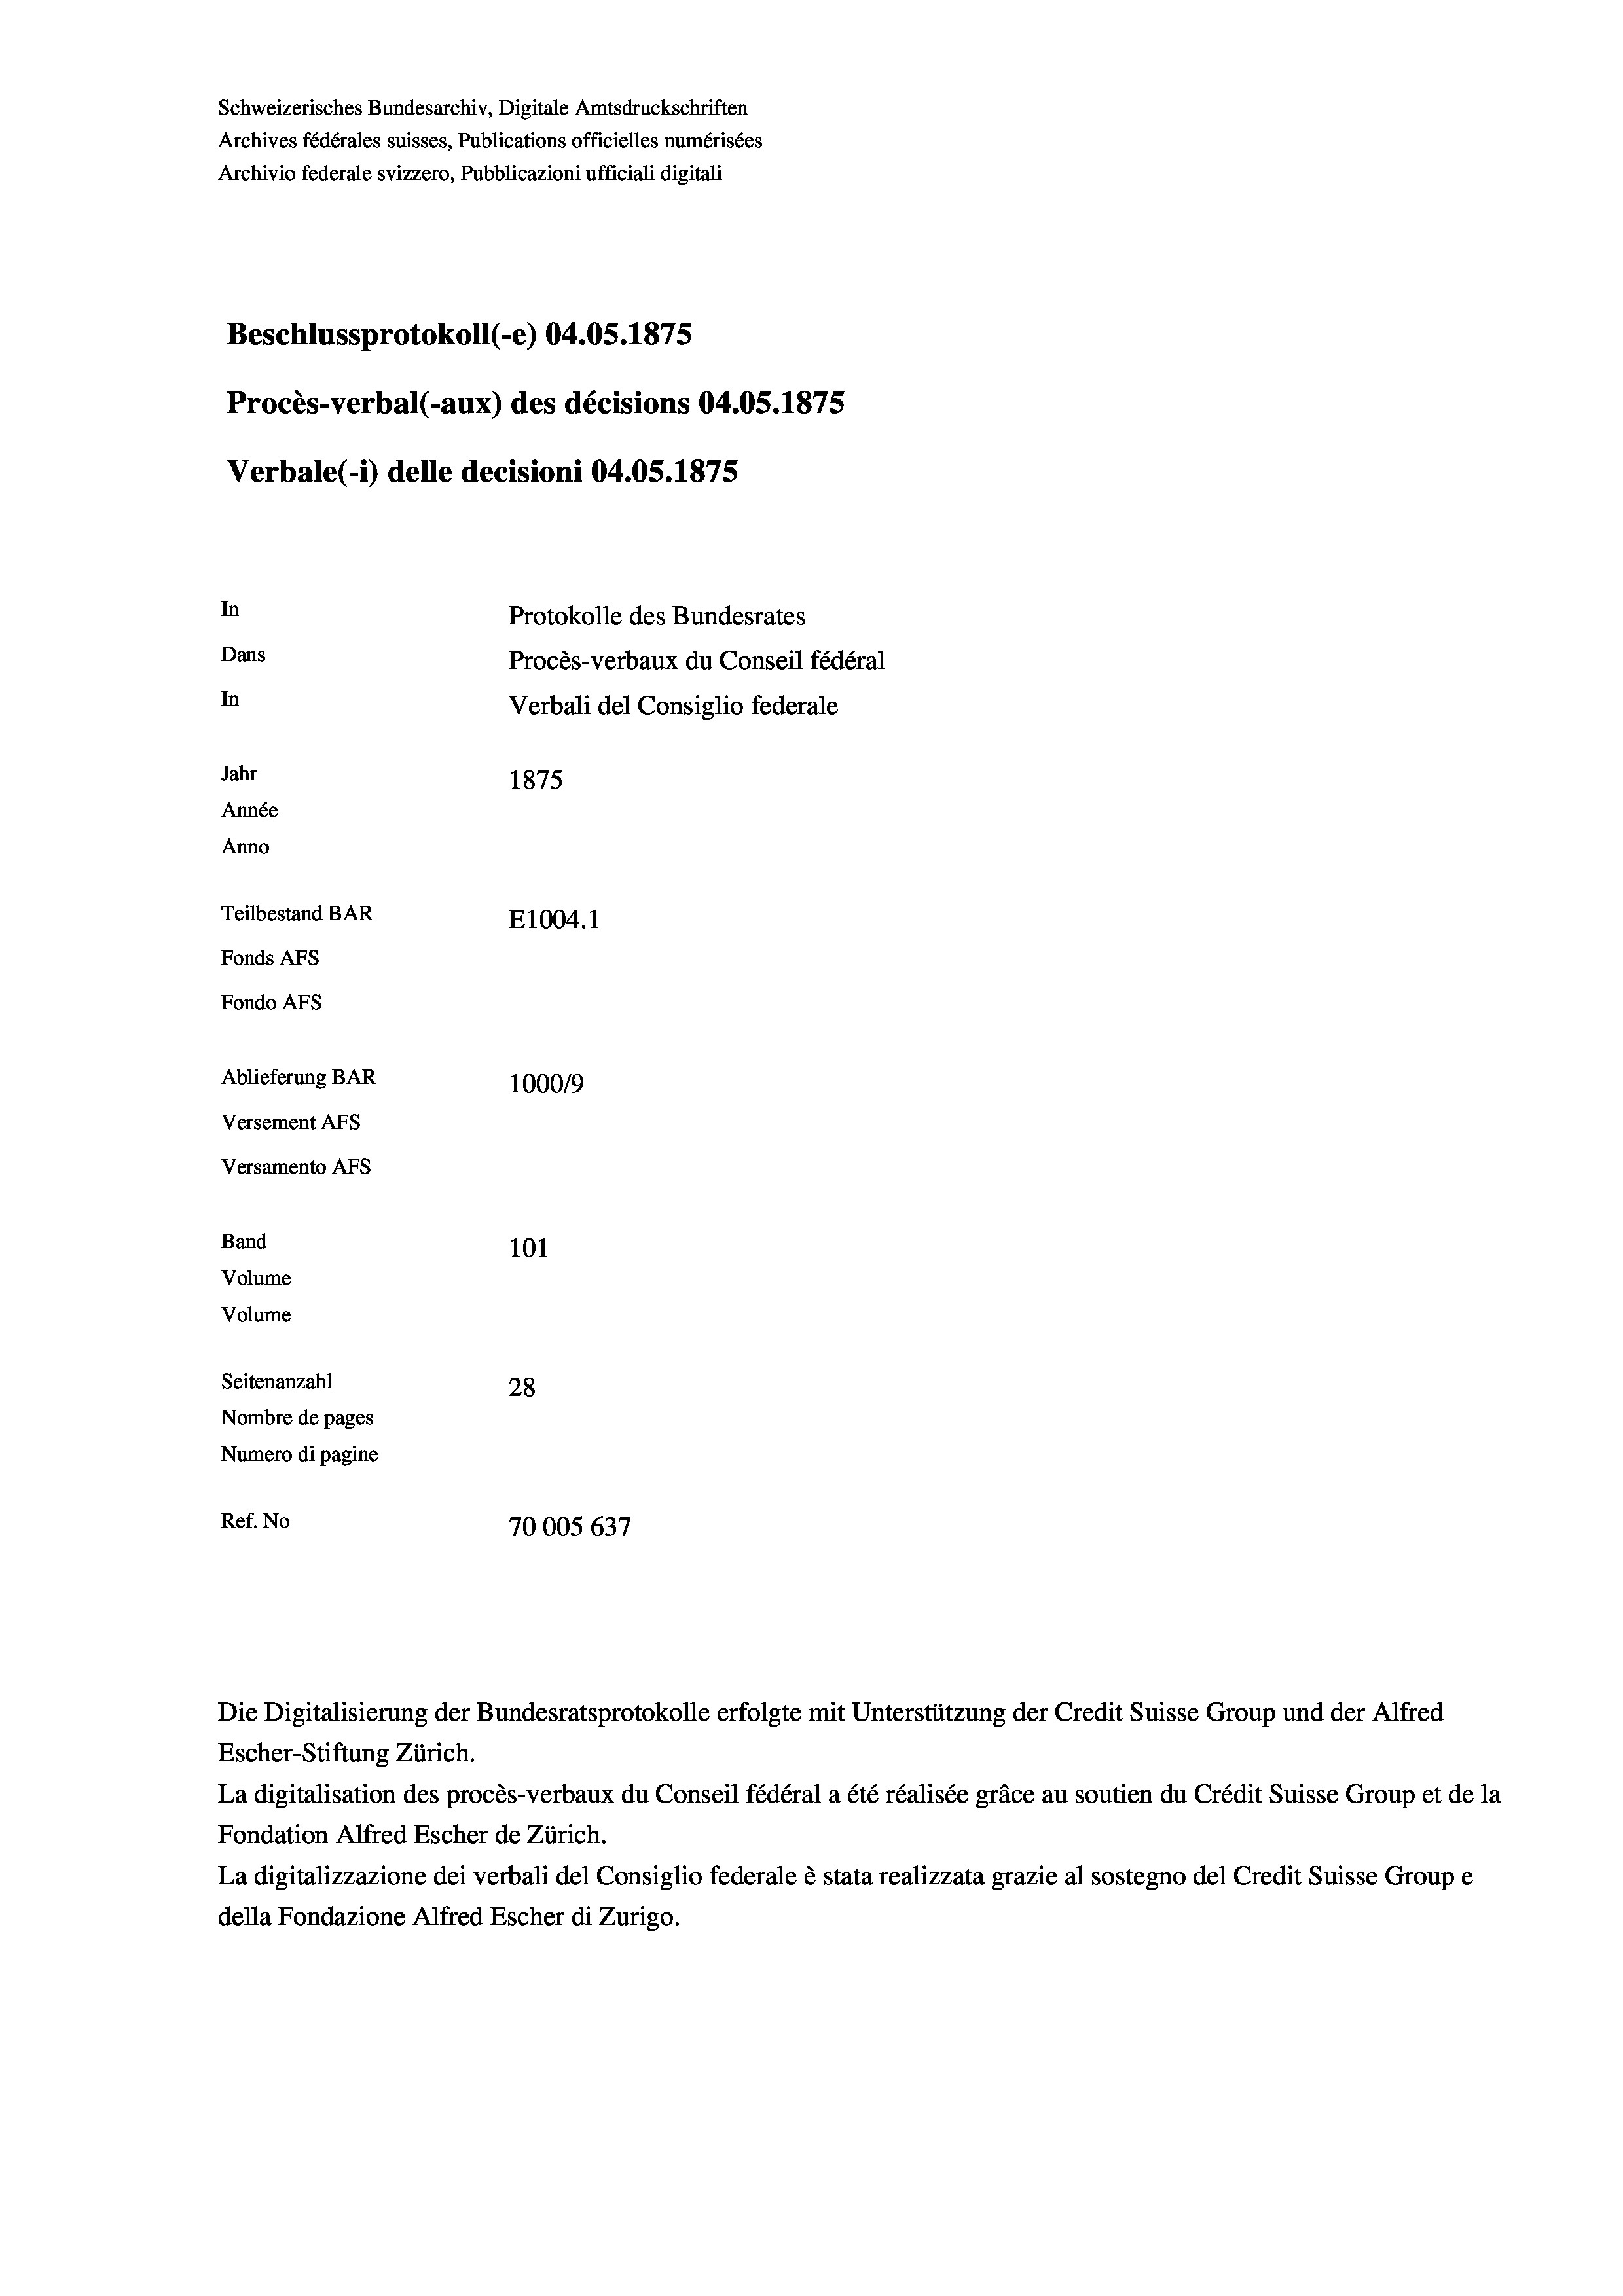
Schweizerisches Bundesarchiv, Digitale Amtsdruckschriften
Archives fédérales suisses, Publications officielles numérisées
Archivio federale svizzero, Pubblicazioni ufficiali digitali
Beschlussprotokoll (-e) 04.05. 1875
Procès-verbal (-aux) des décisions 04.0S.1875
Verbale (1) delle decisioni 04.05. 1875
In
Protokolle des Bundesrates
Dans
Procès-verbaux du Conseil fédéral
In
Verbali del Consiglio federale
Jahr
1875
Année
Anno
Teilbestand BAR
E1004. 1
Fonds AFs
Fondo AFs
Ablieferung BAR
1000/9
Versement Abs
Versamento AFs
Band
101
Volume
Volume
Seitenanzahl
28
Nombre de pages
Numero di pagine
Ref. No
70005 637

Escher-Stiftung Zürich.
La digitalisation des procès-verbaux du Conseil fédéral a été réalisée gräce au soutien du Crédit Suisse Group et de la
Fondation Alfred Escher de Zürich.
La digitalizzazione dei verbali del Consiglio federale è stata realizzata grazie al sostegno del Credit Suisse Groupe
della Fondazione Alfred Escher di Zurigo.

Die Digitalisierung der Bundesratsprotokolle erfolgte mit Unterstützung der Credit Suisse Group und der Alfred